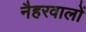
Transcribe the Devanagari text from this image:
नैहरवालों